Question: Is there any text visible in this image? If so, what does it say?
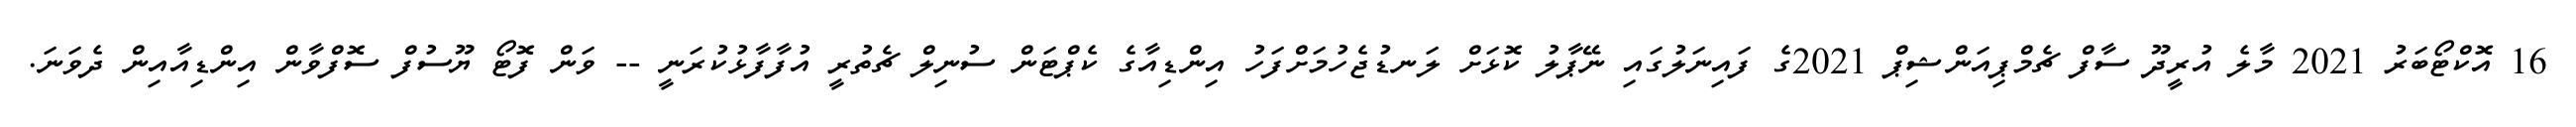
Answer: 16 އޮކްޓޯބަރު 2021 މާލެ އުރީދޫ ސާފް ޗެމްޕިއަންޝިޕް 2021ގެ ފައިނަލުގައި ނޭޕާލު ކޮޅަށް ލަނޑުޖެހުމަށްފަހު އިންޑިއާގެ ކެޕްޓަން ސުނިލް ޗެތުރީ އުފާފާޅުކުރަނީ -- ވަން ފޮޓޯ ޔޫސުފް ސޮފްވާން އިންޑިއާއިން ދެވަނަ.